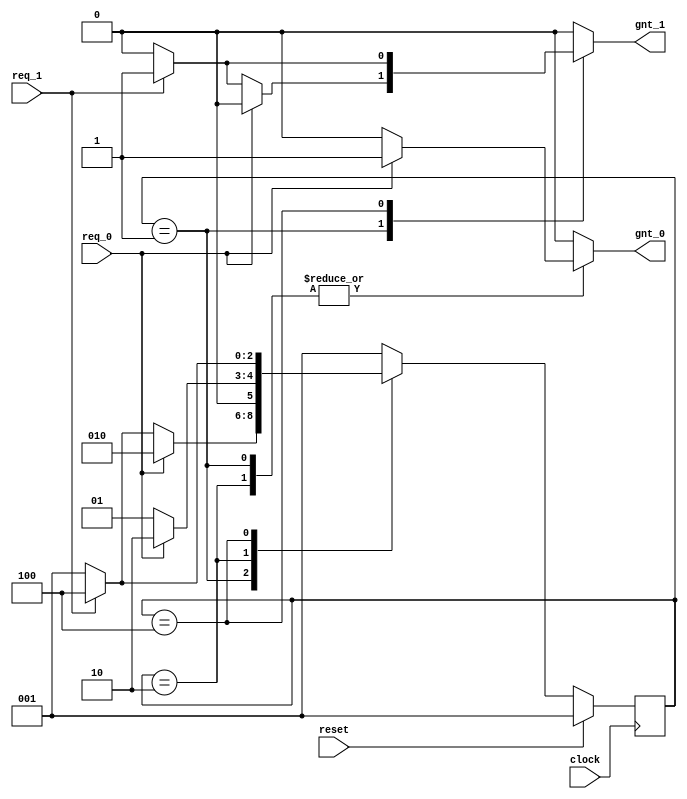
module Arbiter_FSM(
clock,//Clock
reset,//Active High, Synchronous Reset
req_0,//Request 0
req_1,//Request 1
gnt_0,//Grant 0
gnt_1 //Grant 1
);

	//=============Input Ports===========================//
	input clock,reset,req_0,req_1;

	//=============Output Ports==========================//
	output gnt_0,gnt_1;

	//=============Output Ports Data Type================//
	reg gnt_0,gnt_1;

	//===============One Hot State Encoding==============//
	parameter IDLE=1; //3'b001;
	parameter GNT0=2; //3'b010;
	parameter GNT1=4; //3'b100 ;

	//=============State Registers=======================//
	reg [2:0] present_state;
	reg [2:0] next_state;

	//========Update Present States (Sequential)=========//
	always @(posedge clock)
		if(reset==1'b1)
			present_state<=IDLE;
		else
			present_state<=next_state;

	//===Next State and Output Logic (Combinational)=====//
	//================(Mealy Machine)====================//
	always @(present_state or req_0 or req_1)
	begin
		case(present_state)
 			IDLE: 
				if(req_0==1'b1) 
				begin
					next_state=GNT0;
					gnt_0=1;
					gnt_1=0;
				end 
 				else if(req_1==1'b1) 
 				begin
					next_state=GNT1;
					gnt_1=1; 
					gnt_0=0;
				end 
 				else 
 				begin
					next_state=IDLE;
					gnt_0=0;
					gnt_1=0;
				end
 			GNT0: 
				if(req_0==1'b1) 
 				begin
					next_state=GNT0;
					gnt_0=1;
					gnt_1=0;
				end 
				else 
				begin
					next_state=IDLE;
					gnt_0=0;
					gnt_1=0;                  			
				end
			GNT1: 
				if(req_1 == 1'b1) 
				begin
					next_state=GNT1;
					gnt_1=1;
					gnt_0=0;
				end 
				else 
				begin
					next_state=IDLE;
					gnt_0=0; 
					gnt_1=0;
				end
			default: 
				begin     		
					next_state=IDLE;
					gnt_0=0;
					gnt_1=0;
				end
 		endcase
 	end 
 endmodule